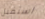
استقبل